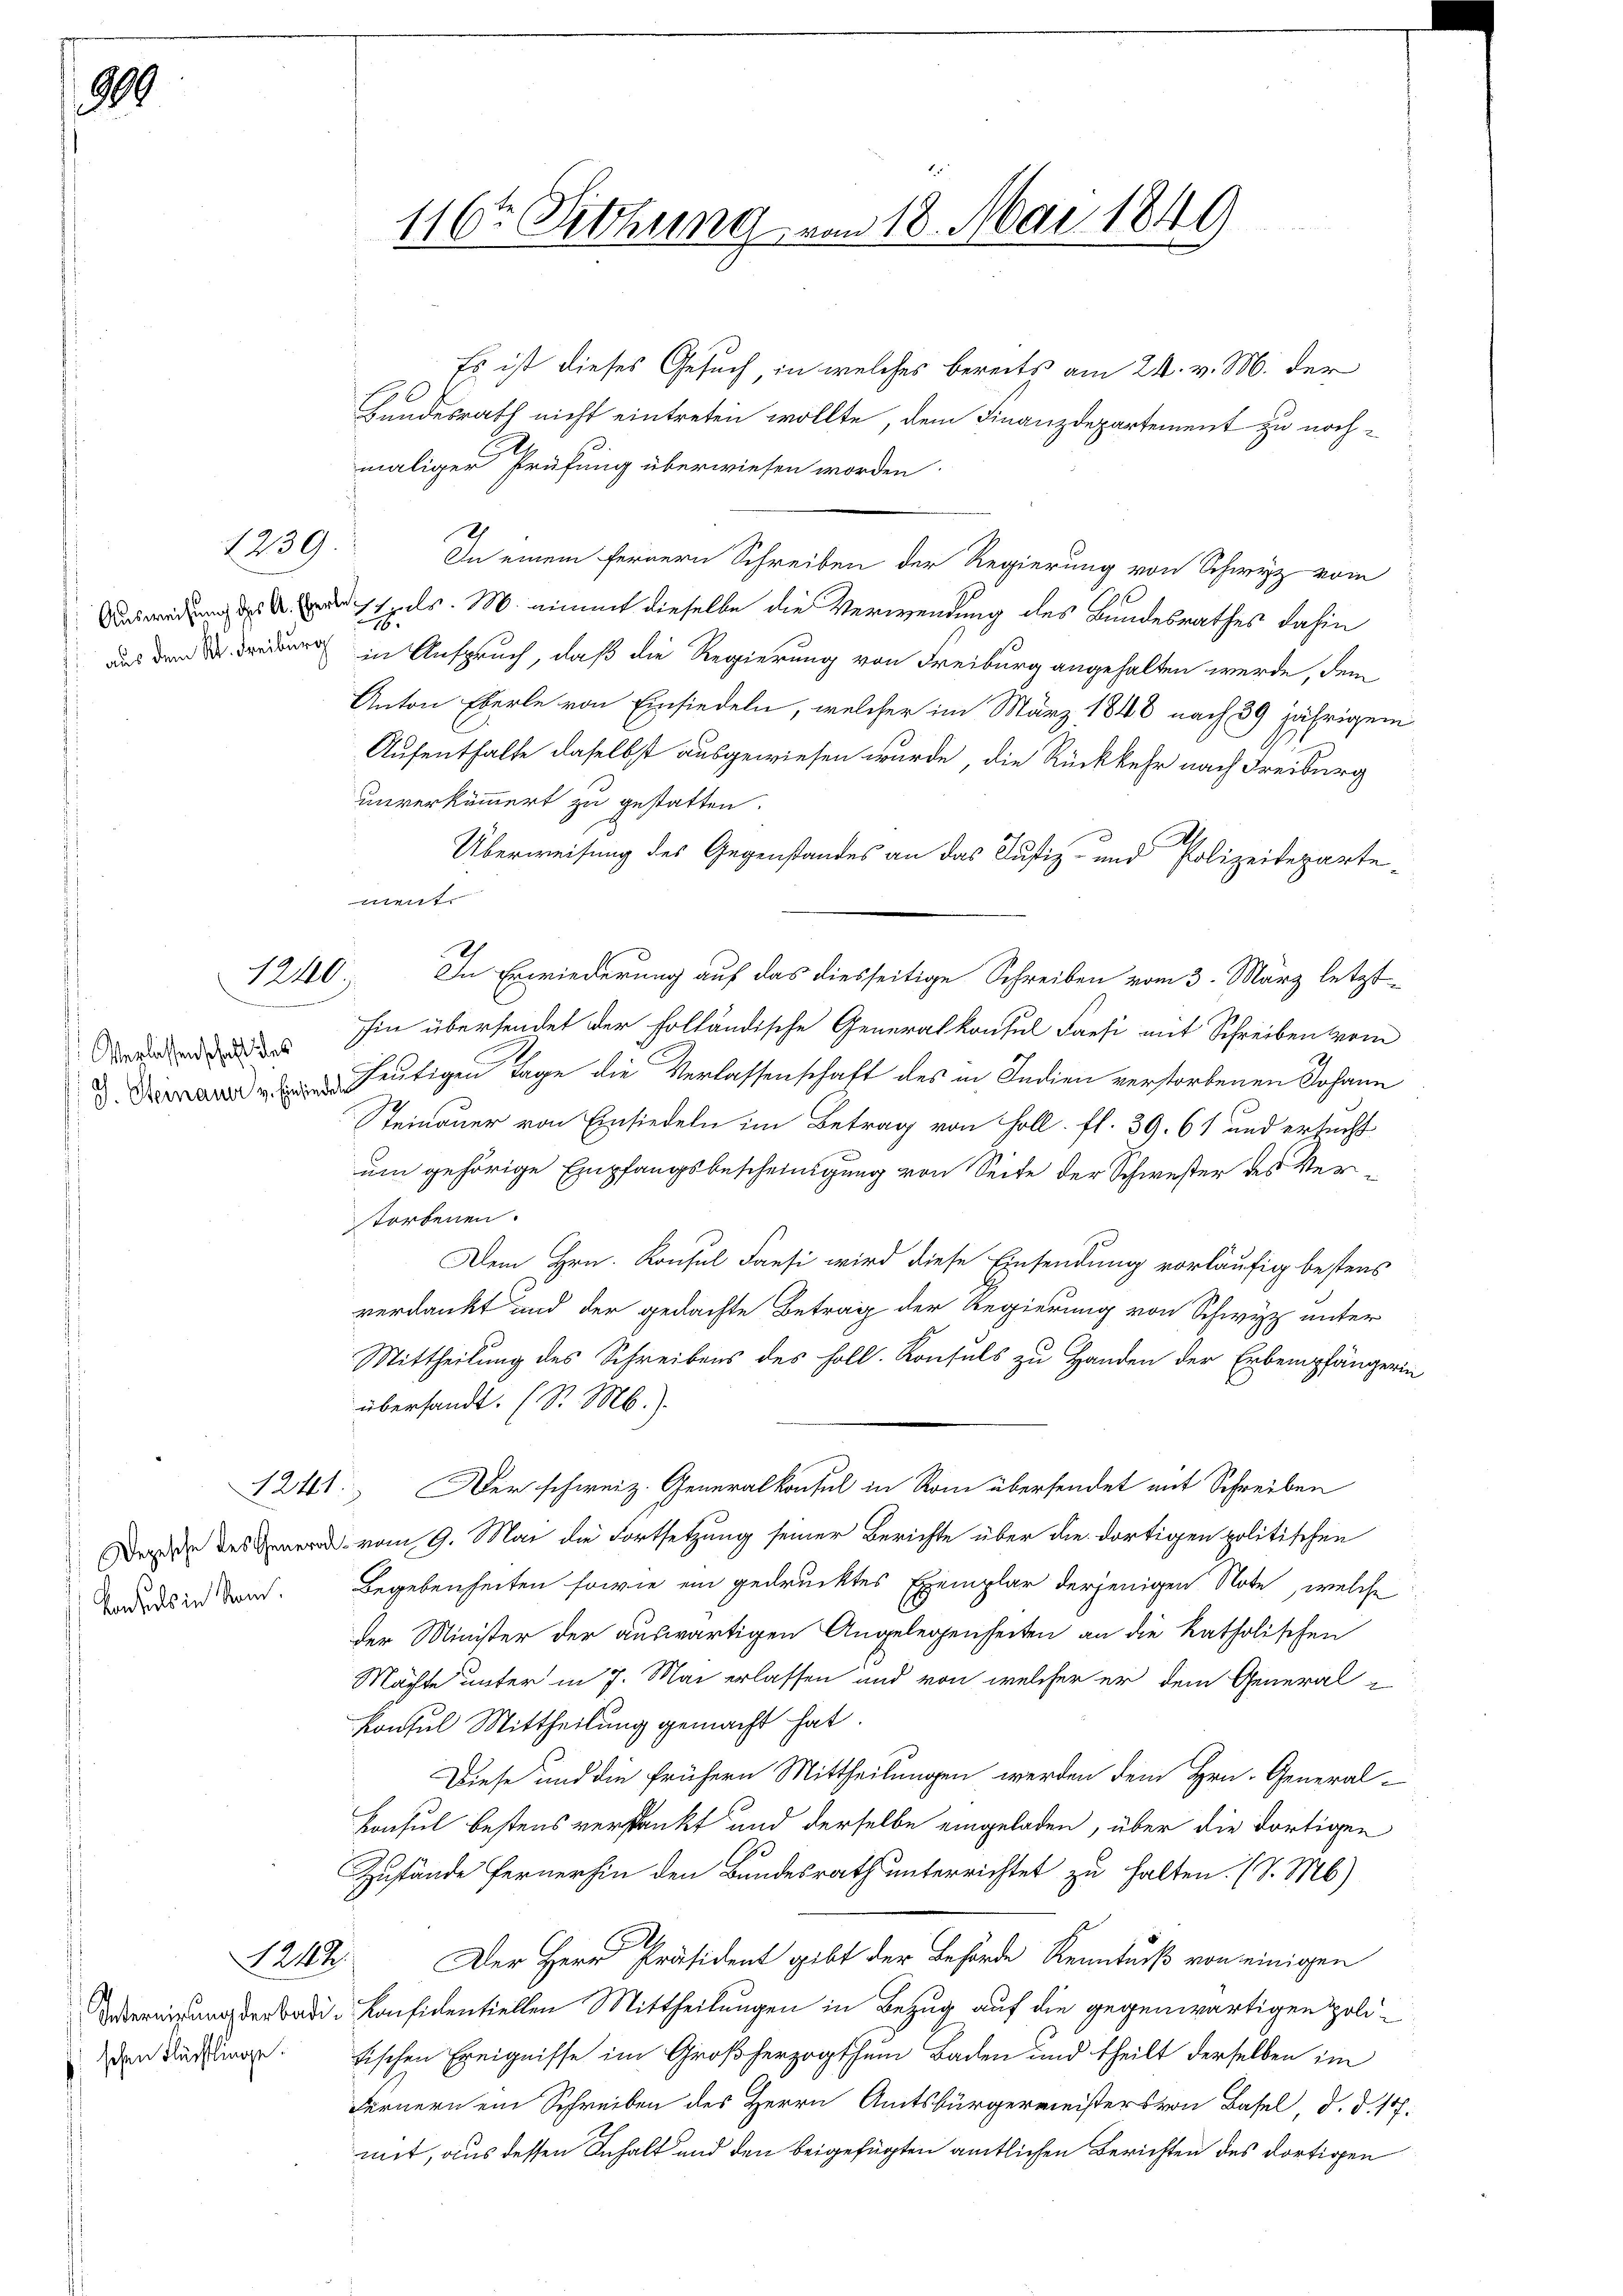
999

aus dem K. Freiburg

1239.

1240.
eien

Verlassenschaft des

Konsuls in San.

116ten Sitzung von 18. Mai 1849

Es ist dieses Gesuch, in welches bereits am 24. v. M. der
Bundesrath nicht eintreten wollte, dem Finanzdepartement zu nochmaliger Prüfung überwiesen worden.
In einem fernern Schreiben der Regierung von Schwyz vom
Ausweisung des dessels. M. nimmt dieselbe die Verwendung des Bundesrathes dahin
in Anspruch, daß die Regierung von Freiburg angehalten werde, dem
Anton Eberle von Einsiedeln, welcher im März 1848 nach 39 jährigem
Aufenthalte daselbst ausgewiesen wurde, die Rückkehr nach Freiburg
unverkümmert zu gestatten.
Überweisung des Gegenstandes an das Justiz- und Polizeideparteitt
In Erwiederung auf das diesseitige Schreiben vom 3. März letzt
hin übersendet der folländische Generalkonsul Farsi mit Schreiben vom
d. Die heutigen Tage die Verlassenschaft des in Indien verstorbenen Johann
Steinauer von Einsiedeln im Betrag von Holl. fl. 39. 61 und ersucht
um gehörige Empfangsbescheinigung von Seite der Schwester des Vertorbenen.
Dem Hrn. Konsul Fansi wird diese Einsendung vorläufig bestens
verdankt und der gedachte Betrag der Regierung von Schwyz unter
Mittheilung des Schreibens des Holl. Konsuls zu Handen der Erbempfängerin
übersandt. (S. M.)
1241. Der schweiz. Generalkonsul in Rom übersendet mit Schreiben
Deren des vom 9. Mai die Fortsetzung seiner Berichte über die dortigen politischen
Begebenheiten sowie ein gedrucktes Exemplar derjenigen Note, welche
der Minister der auswärtigen Angelegenheiten an die katholischen
Machte unter in 7. Mai erlassen und von welcher er dem General-
Konsul Mittheilung gemacht hat.
Diese und die frühern Mittheilungen werden dem Hrn. General-
Konsul bestens versankt und derselbe eingeladen, über die dortigen
Zustände Fernerhin den Bundesrath unterrichtet zu halten. (v. M.)
2
1214. Der Herr Präsident gibt der Behörde Kenntniß von einigen
adi-Konfidentiellen Mittheilungen in Bezug auf die gegenwärtigen poliden Fürstingen. Fischen Ereignisse im Großherzogthum Baden und theilt derselben im
Fernern ein Schreiben des Herrn Amtsbürgermeisters von Basel, d. d. 17.
mit, aus dessen Inhalt und den beigefügten amtlichen Berichten des dortigen